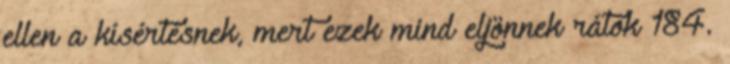
ellen a kísértésnek, mert ezek mind eljönnek rátok 184.